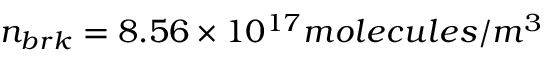
n _ { b r k } = 8 . 5 6 \times 1 0 ^ { 1 7 } m o l e c u l e s / m ^ { 3 }